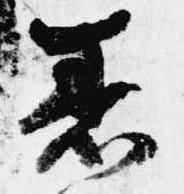
着